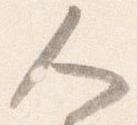
人